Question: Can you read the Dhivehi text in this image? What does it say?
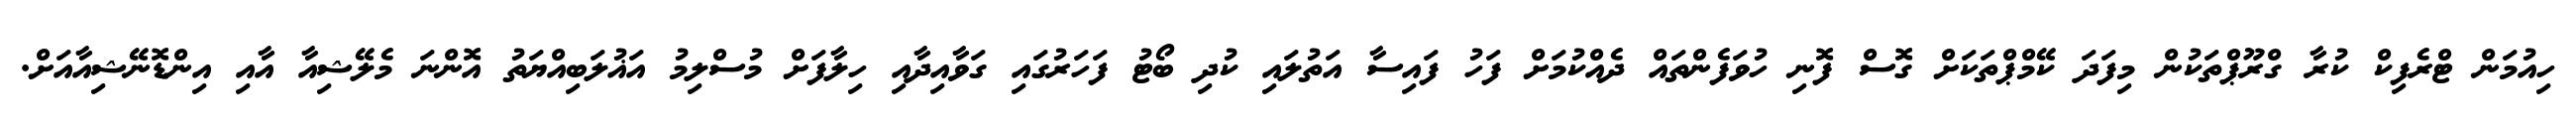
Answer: ހިއުމަން ޓްރެފިކް ކުރާ ގްރޫޕްތަކުން މިފަދަ ކޭމްޕްތަކަށް ގޮސް ފޮނި ހުވަފެންތައް ދެއްކުމަށް ފަހު ފައިސާ އަތުލައި ކުދި ބޯޓު ފަހަރުގައި ގަވާއިދާއި ހިލާފަށް މުސްލިމު އަޣުލަބިއްޔަތު އޮންނަ މެލޭޝިއާ އާއި އިންޑޮނޭޝިއާއަށް.